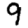
Digit: 9